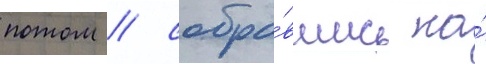
потом / собра́вшись на́